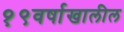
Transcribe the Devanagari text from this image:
१९वर्षाखालील